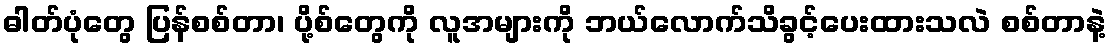
ဓါတ်ပုံတွေ ပြန်စစ်တာ၊ ပို့စ်တွေကို လူအများကို ဘယ်လောက်သိခွင့်ပေးထားသလဲ စစ်တာနဲ့